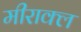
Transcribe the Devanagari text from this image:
मीराक्ल